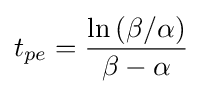
t_{pe}={\frac {\ln {(\beta /\alpha )}}{\beta -\alpha }}